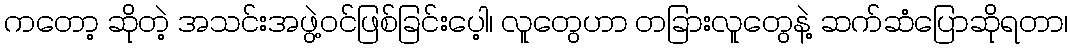
ကတော့ ဆိုတဲ့ အသင်းအဖွဲ့ဝင်ဖြစ်ခြင်းပေ့ါ၊ လူတွေဟာ တခြားလူတွေနဲ့ ဆက်ဆံပြောဆိုရတာ၊